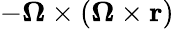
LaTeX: -{\boldsymbol{\Omega}}\times({\boldsymbol{\Omega}}\times\mathbf{r})